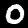
Digit: 0